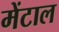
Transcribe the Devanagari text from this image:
मेंटाल